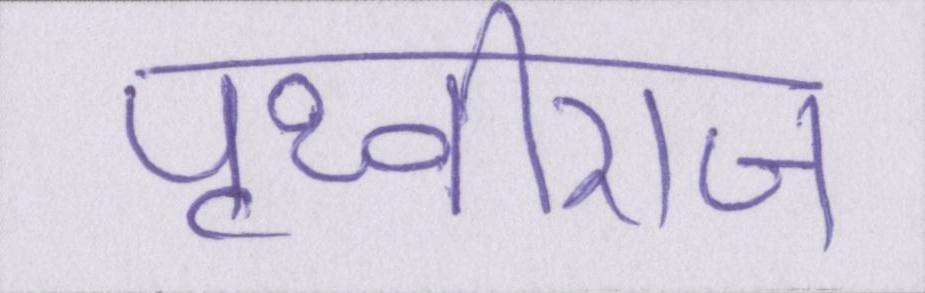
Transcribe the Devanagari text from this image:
पृथ्वीराज